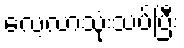
လေ့လာသုံးသပ်ပြီး